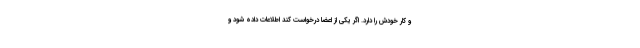
و کار خودش را دارد. اگر یکی از اعضا درخواست کند اطلاعات داده شود و